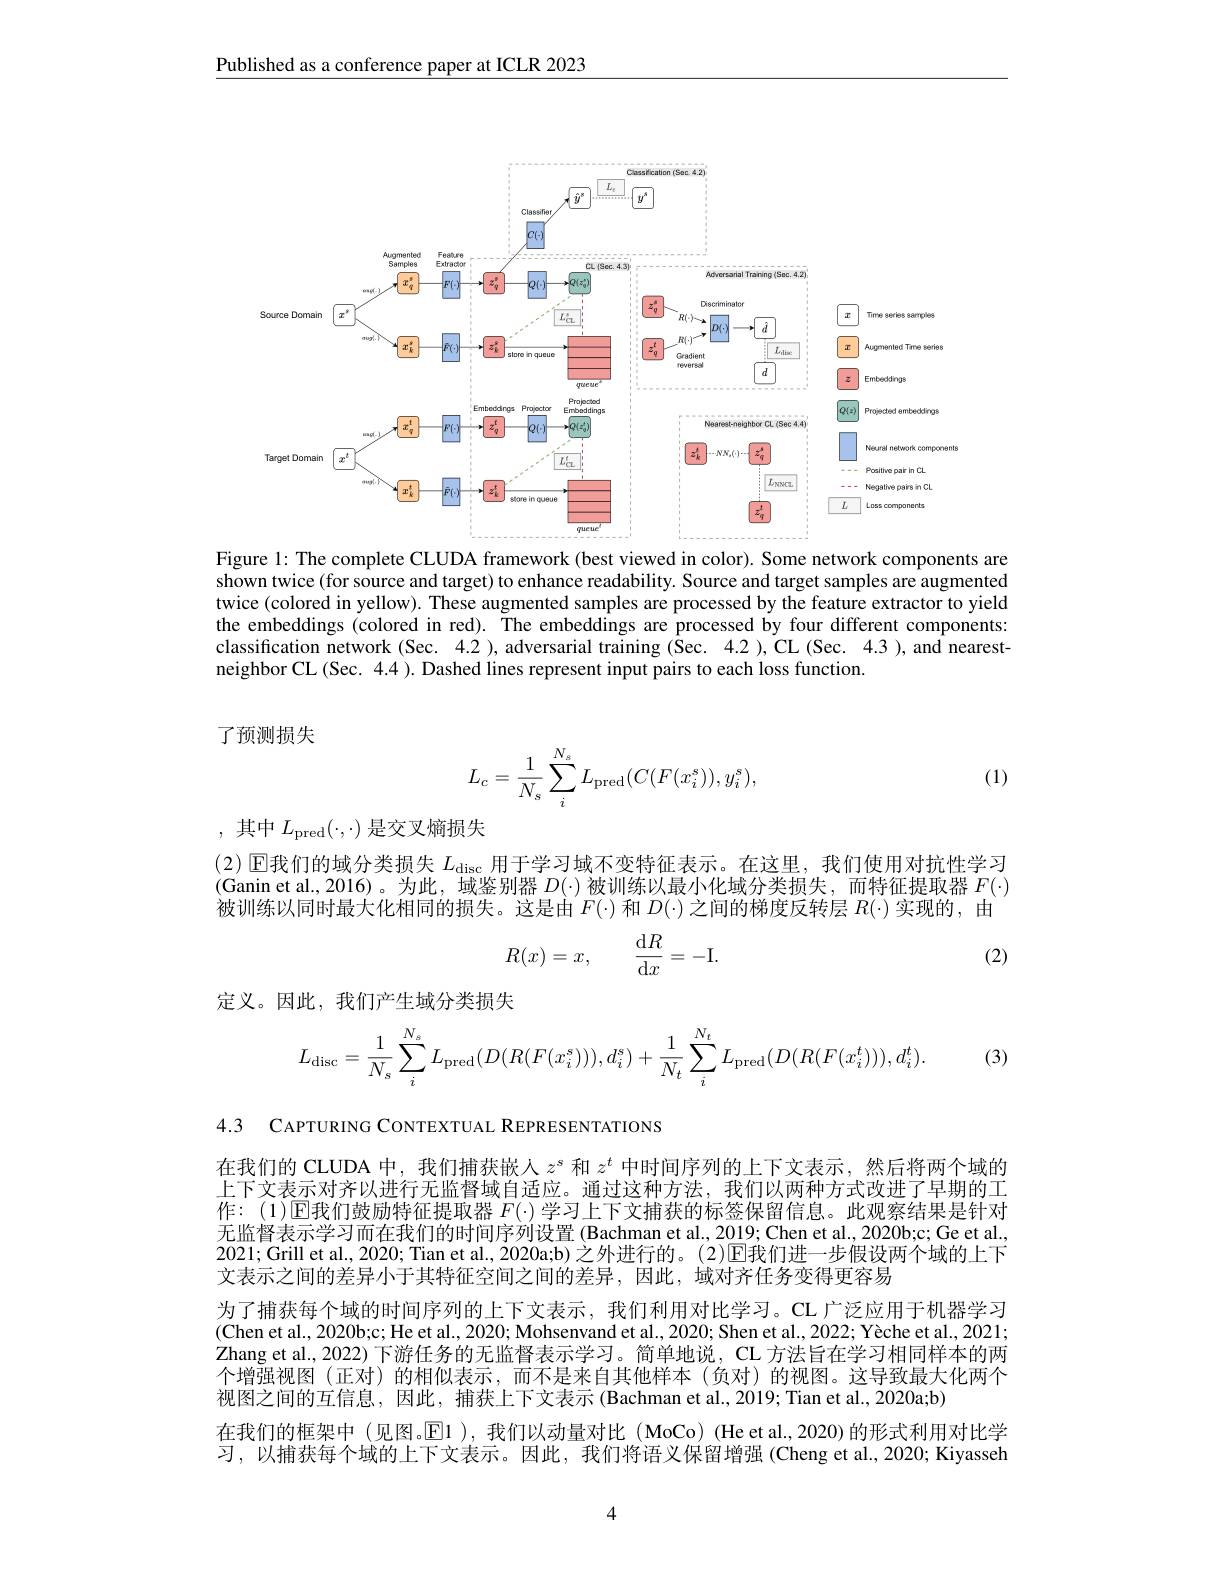
Published as a conference paper at ICLR 2023

<FigureHere>
Figure 1: The complete CLUDA framework (best viewed in color). Some network components are

shown twice (for source and target) to enhance readability. Source and target samples are augmented twice (colored in yellow). These augmented samples are processed by the feature extractor to yield the embeddings (colored in red). The embeddings are processed by four different components: classification network (Sec. 4.2 ), adversarial training (Sec. 4.2 ), CL (Sec. 4.3 ), and nearestneighbor CL(Sec. 4.4 ). Dashed lines represent input pairs to each loss function.

了预测损失
$$L_c=\dfrac{1}{N_s}\sum_i^{N_s}L_{\text{pred}}(C(F(x_i^s)),y_i^s),$$
(1)

,其中$L_\mathrm{pred}(\cdot,\cdot)$是交叉熵损失

(2) $\operatorname{\text{E我们的域分类损失 }L_{\mathrm{disc}}}$用于学习域不变特征表示。在这里，我们使用对抗性学习(Ganin et al.,2016)。为此，域鉴别器$D(\cdot)$被训练以最小化域分类损失，而特征提取器$F(\cdot)$ 被训练以同时最大化相同的损失。这是由$F(\cdot)$和$D(\cdot)$之间的梯度反转层$R(\cdot)$实现的，由
$$R(x)=x,\quad\frac{\mathrm{d}R}{\mathrm{d}x}=-\mathrm{I}.$$
(2)

定义。因此，我们产生域分类损失

). (3)
$$\begin{aligned}L_{\text{disc}}=\frac{1}{N_s}\sum_i^{N_s}L_{\text{pred}}(D(R(F(x_i^s))),d_i^s)+\frac{1}{N_t}\sum_i^{N_t}L_{\text{pred}}(D(R(F(x_i^t))),d_i^t).\end{aligned}$$
4.3 CAPTURING CONTEXTUAL REPRESENTATIONS

在我们的 CLUDA 中，我们捕获嵌人$z^s$和$z^t$中时间序列的上下文表示，然后将两个域的上下文表示对齐以进行无监督域自适应。通过这种方法，我们以两种方式改进了早期的工作：(1)▣我们鼓励特征提取器$F(\cdot)$学习上下文捕获的标签保留信息。此观察结果是针对无监督表示学习而在我们的时间序列设置 (Bachman et al, 2019; Chen et al., 2020b;c; Ge et al., 2021; Grill et al., 2020; Tian et al., 2020a;b) 之外进行的。(2)$\mathbb{E}$我们进一步假设两个域的上下文表示之间的差异小于其特征空间之间的差异，因此，域对齐任务变得更容易
为了捕获每个域的时间序列的上下文表示，我们利用对比学习。CL 广泛应用于机器学习(Chen et al., 2020b;c; He et al., 2020; Mohsenvand et al., 2020; Shen et al., 2022; Yèche et al., 2021; Zhang et al., 2022) 下游任务的无监督表示学习。简单地说，CL 方法旨在学习相同样本的两个增强视图 (正对)的相似表示，而不是来自其他样本 (负对)的视图。这导致最大化两个视图之间的互信息，因此，捕获上下文表示 (Bachman et al., 2019; Tian et al., 2020a;b)
在我们的框架中(见图。$\operatorname{E1}$),我们以动量对比(MoCo)(He et al.,2020)的形式利用对比学习，以捕获每个域的上下文表示。因此，我们将语义保留增强(Cheng et al.,2020; Kiyasseh

4